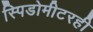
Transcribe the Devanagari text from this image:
स्पिडोमीटरही